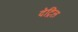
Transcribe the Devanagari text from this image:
देट्रिल